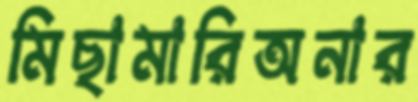
মিছামারিঅনার